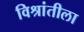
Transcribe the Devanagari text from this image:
विश्रांतीला